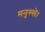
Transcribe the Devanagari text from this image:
मनुस्से।